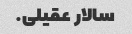
سالار عقیلی.